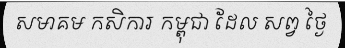
សមាគម កសិការ កម្ពុជា ដែល សព្វ ថ្ងៃ